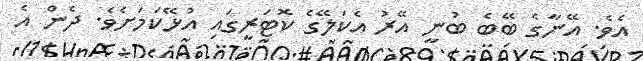
އެވެ. އޭނާގެ ބޭބެ ބުނީ އޭރު އެކަލޭގެ ކޮޓަރީގައި އުޅޭކަމަށެވެ. ދެން އެ